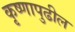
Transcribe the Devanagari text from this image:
कृष्णापुढील